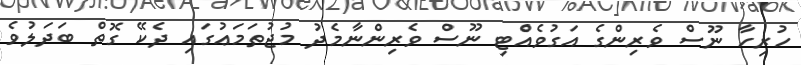
ހުރިހާ ނޫސް ވެރިންގެ އަގުވެއެްޓި ނޫސް ވެރިންނާމެދު މުޖުތަމަޢުގައި ދެކޭ ގޮތް ބަދަލުވެ